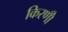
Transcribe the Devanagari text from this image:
किरणोँ